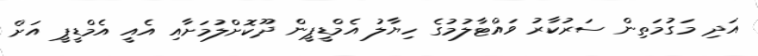
އަދި މަގުމަތިން ސަރުކާރު ވައްޓާލުމުގެ ހިޔާލު އެމްޑީޕީން ދޫކޮށްލުމަށާއި އެއީ އެމްޑީޕީ އަށް